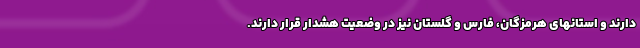
دارند و استانهای هرمزگان، فارس و گلستان نیز در وضعیت هشدار قرار دارند.